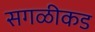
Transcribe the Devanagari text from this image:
सगळीकड